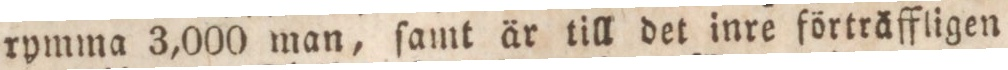
rymma 3,000 man, ſamt är till det inre förträffligen